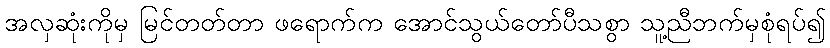
အလှဆုံးကိုမှ မြင်တတ်တာ ဖရောက်က အောင်သွယ်တော်ပီသစွာ သူ့ညီဘက်မှစုံရပ်၍